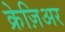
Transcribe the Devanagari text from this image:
क्रेज़िअर